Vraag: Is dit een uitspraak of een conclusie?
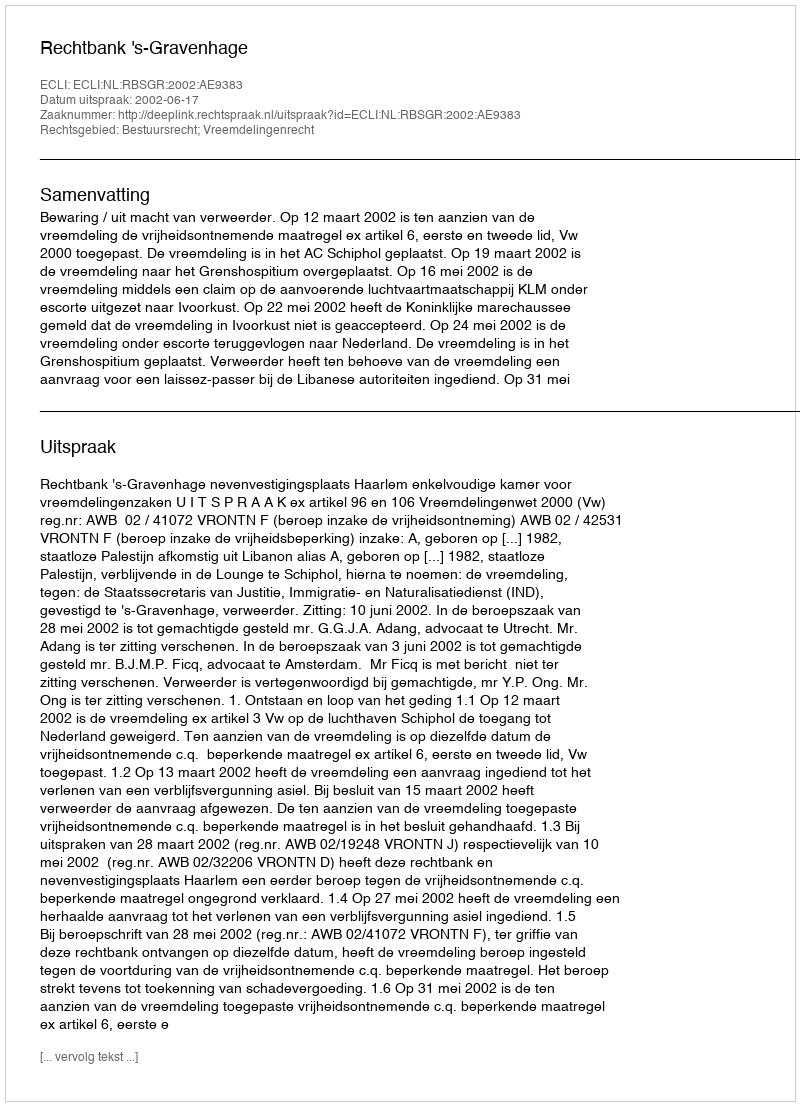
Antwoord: Uitspraak